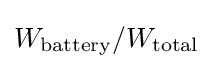
{W_{\text{battery}}}/{W_{\text{total}}}